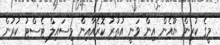
މީގެ ކުރިން ޔޫއެން އިން ވަނީ އުތުރު ކޮރެއާއިން މިސައިލް ޓެސްޓު ކުރުން